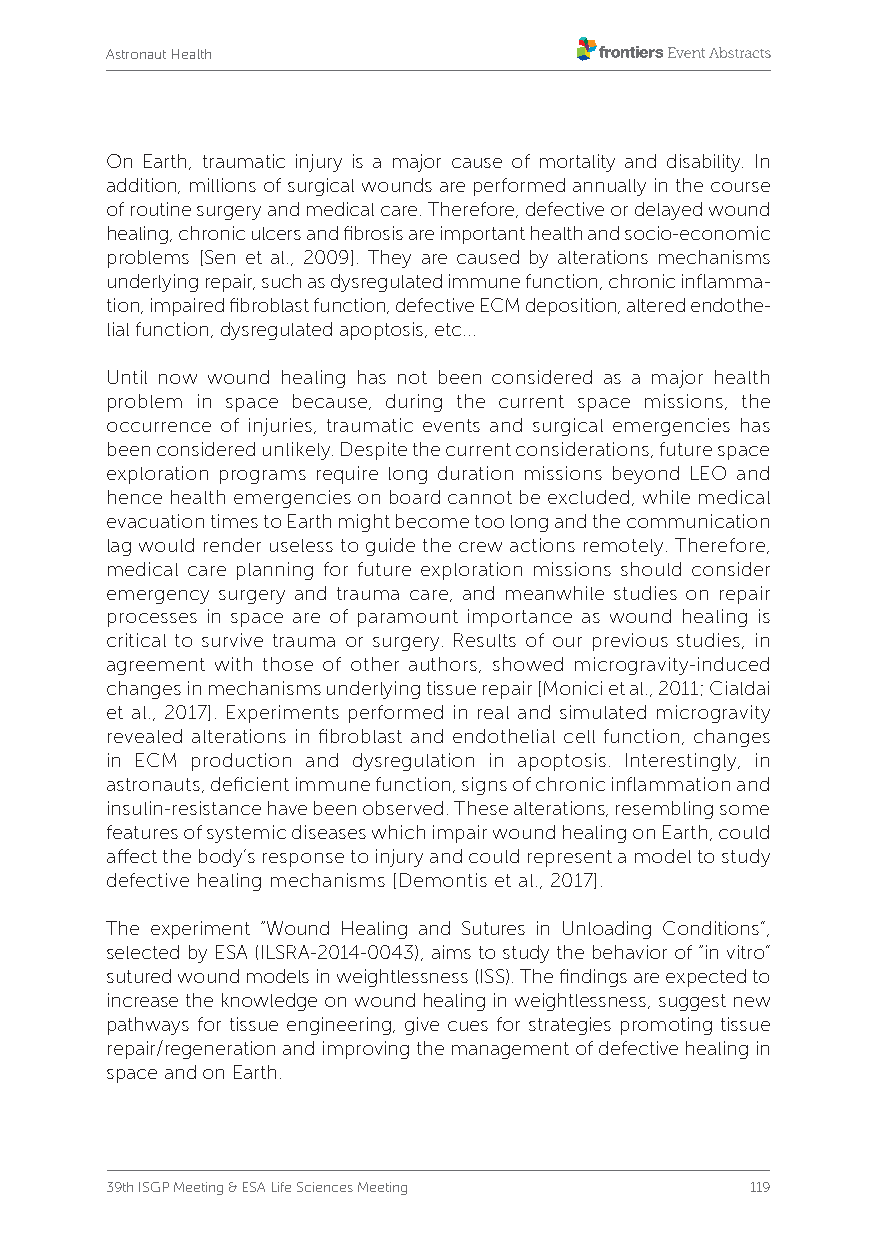
Astronaut Health
 On Earth, traumatic injury is a major cause of mortality and disability. In
 addition, millions of surgical wounds are performed annually in the course
 of routine surgery and medical care. Therefore, defective or delayed wound
 healing, chronic ulcers and fibrosis are important health and socio-economic
 problems [Sen et al., 2009]. They are caused by alterations mechanisms
 underlying repair, such as dysregulated immune function, chronic inflamma-
 tion, impaired fibroblast function, defective ECM deposition, altered endothe-
 lial function, dysregulated apoptosis, etc...
 Until now wound healing has not been considered as a major health
 problem in space because, during the current space missions, the
 occurrence of injuries, traumatic events and surgical emergencies has
 been considered unlikely. Despite the current considerations, future space
 exploration programs require long duration missions beyond LEO and
 hence health emergencies on board cannot be excluded, while medical
 evacuation times to Earth might become too long and the communication
 lag would render useless to guide the crew actions remotely. Therefore,
 medical care planning for future exploration missions should consider
 emergency surgery and trauma care, and meanwhile studies on repair
 processes in space are of paramount importance as wound healing is
 critical to survive trauma or surgery. Results of our previous studies, in
 agreement with those of other authors, showed microgravity-induced
 changes in mechanisms underlying tissue repair [Monici et al., 2011; Cialdai
 et al., 2017]. Experiments performed in real and simulated microgravity
 revealed alterations in fibroblast and endothelial cell function, changes
 in ECM production and dysregulation in apoptosis. Interestingly, in
 astronauts, deficient immune function, signs of chronic inflammation and
 insulin-resistance have been observed. These alterations, resembling some
 features of systemic diseases which impair wound healing on Earth, could
 affect the body’s response to injury and could represent a model to study
 defective healing mechanisms [Demontis et al., 2017].
 The experiment “Wound Healing and Sutures in Unloading Conditions”,
 selected by ESA (ILSRA-2014-0043), aims to study the behavior of “in vitro”
 sutured wound models in weightlessness (ISS). The findings are expected to
 increase the knowledge on wound healing in weightlessness, suggest new
 pathways for tissue engineering, give cues for strategies promoting tissue
 repair/regeneration and improving the management of defective healing in
 space and on Earth.
 39th ISGP Meeting & ESA Life Sciences Meeting 119